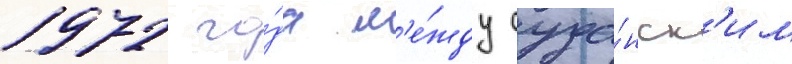
1972 го́да м'е́жду суда́нск'им